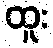
ထူး